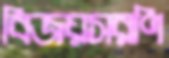
বিজয়সরণি